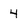
Character: 4